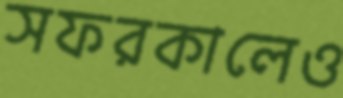
সফরকালেও